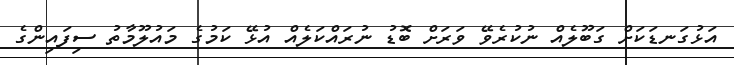
އަޅުގަނޑަކަށް ގަބޫލެއް ނުކުރެވޭ ވަރަށް ބޮޑު ނުރައްކަލެއް އުޅޭ ކަމުގެ މައުލޫމާތު ސިފައިންގެ